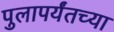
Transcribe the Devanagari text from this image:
पुलापर्यंतच्या